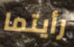
رأيتما